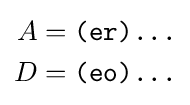
{\begin{aligned}A&={\texttt {(er)...}}\\D&={\texttt {(eo)...}}\\\end{aligned}}